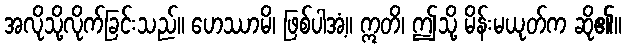
အလိုသို့လိုက်ခြင်းသည်။ ဟေဿာမိ၊ ဖြစ်ပါအံ့။ ဣတိ၊ ဤသို့ မိန်းမယုတ်က ဆို၏။